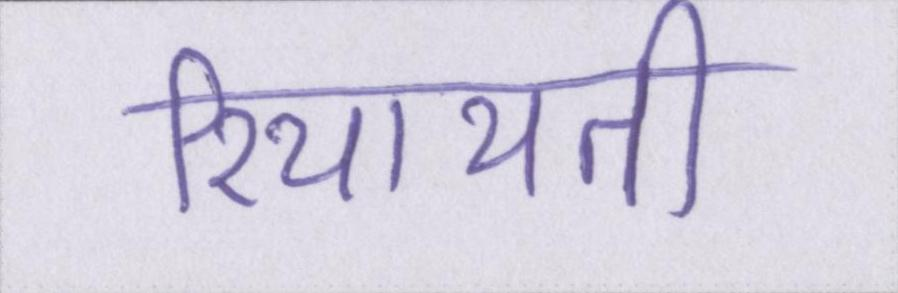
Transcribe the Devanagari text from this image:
रियायती